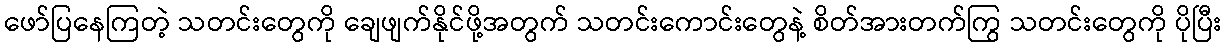
ဖော်ပြနေကြတဲ့ သတင်းတွေကို ချေဖျက်နိုင်ဖို့အတွက် သတင်းကောင်းတွေနဲ့ စိတ်အားတက်ကြွ သတင်းတွေကို ပိုပြီး